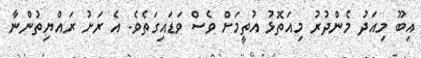
އިބޫ މިއަދު މެންދުރު މިއަތޮޅު އުތީމަށް ވެސް ވަޑައިގަތެވެ. އެ ރަށު ރައްޔިތުންނާ